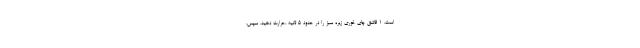
است. 1 قاشق چای خوری زیره سبز را در حدود 5 ثانیه ،حرارت دهید. سپس،